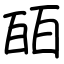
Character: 皕